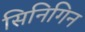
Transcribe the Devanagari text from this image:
सिनिगिन